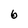
Character: 6